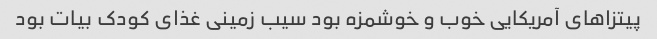
پیتزاهای آمریکایی خوب و خوشمزه بود سیب زمینی غذای کودک بیات بود